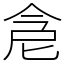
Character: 𠉞